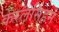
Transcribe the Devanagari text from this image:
केरलसिंहम्